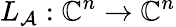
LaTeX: L_{\mathcal{A}}:\mathbb{{C}}^{n}\to\mathbb{{C}}^{n}